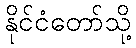
နိုင်ငံတော်သို့